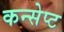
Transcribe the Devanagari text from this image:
कन्सेप्ट